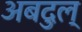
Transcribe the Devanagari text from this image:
अबदुल्